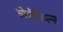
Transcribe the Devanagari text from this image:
ओपीनियन्स